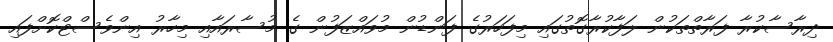
ދިރާސާކުރާ ފަރާތްތަކުން ލަފާކުރާގޮތުގައި މިފަހަރުގެ ފަންޑުން މުވައްޒަފުން ގެ މުސާރައާއި މިހާރު އިންވެސްޓްކޮށްފައި